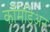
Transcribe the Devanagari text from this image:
कॉमेडिअन